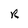
Character: R